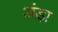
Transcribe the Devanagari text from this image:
अंड़ा